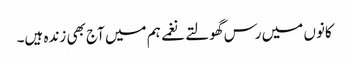
کانوں میں رس گھولتے نغمے ہم میں آج بھی زندہ ہیں۔